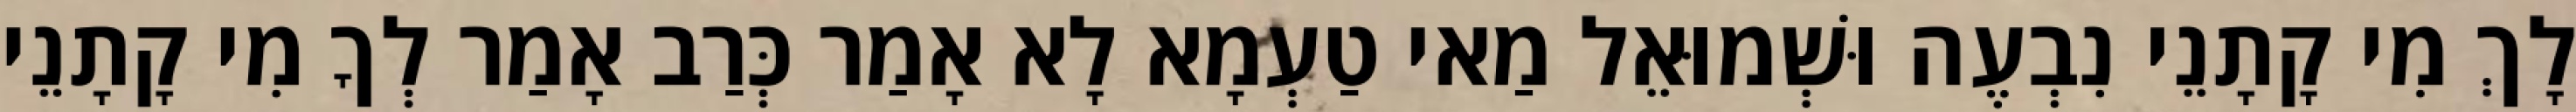
לָךְ מִי קָתָנֵי נִבְעֶה וּשְׁמוּאֵל מַאי טַעְמָא לָא אָמַר כְּרַב אָמַר לְךָ מִי קָתָנֵי